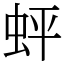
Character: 蚲